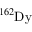
^ { 1 6 2 } \mathrm { D y }